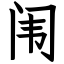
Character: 闱